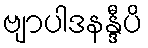
ဗျာပါဒနန္ဒီပိ